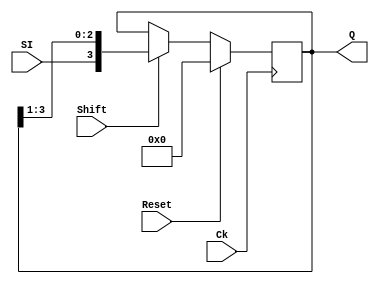
`timescale 1ns/1ns

module ShiftRegister (Reset, Ck, Shift, SI, Q);
input Reset, Ck, Shift, SI;
output [3:0] Q;
reg [3:0] Q;

always @ (posedge Ck) begin
	if (Reset) //Synchronous Reset
		Q<=4'b0000;
	else if (Shift) //shift right
		Q <= {SI, Q[3:1]};
	else Q <= Q;
end

endmodule